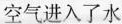
空气进入了水